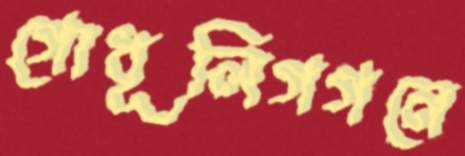
গোধূলিগগনে